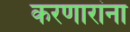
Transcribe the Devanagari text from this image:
करणारांना